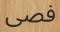
فصى